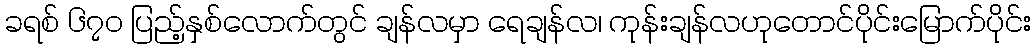
ခရစ် ၆၇၀ ပြည့်နှစ်လောက်တွင် ချန်လမှာ ရေချန်လ၊ ကုန်းချန်လဟုတောင်ပိုင်းမြောက်ပိုင်း